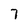
Character: 7